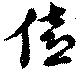
僖